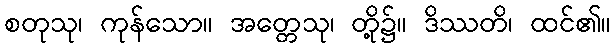
စတုသု၊ ကုန်သော။ အတ္တေသု၊ တို့၌။ ဒိဿတိ၊ ထင်၏။